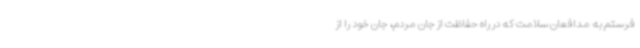
فرستم به مدافعان سلامت که در راه حفاظت از جان مردم، جان خود را از